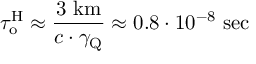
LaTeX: \tau _ { \mathrm { { o } } } ^ { \mathrm { { H } } } \approx \frac { 3 \mathrm { ~ k m } } { c \cdot \gamma _ { \mathrm { { Q } } } } \approx 0 . 8 \cdot 1 0 ^ { - 8 } \mathrm { ~ s e c ~ }